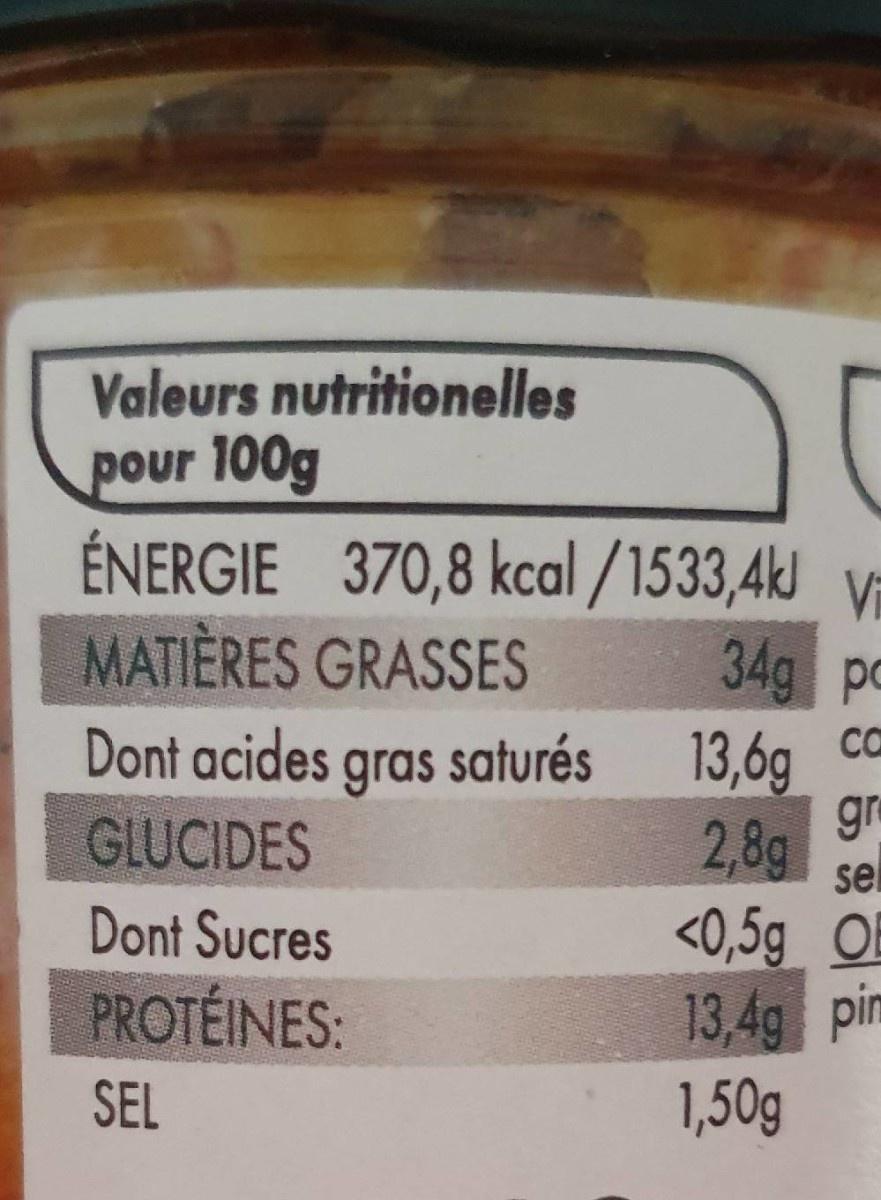
Valeurs nutritionelles pour 100g
ÉNERGIE 370,8 kcal /1533,4kJ Vi 34g pc
MATIÈRES GRASSES
Dont acides
Ca
13,6g gre 2,8g
gras saturés
GLUCIDES
sel
Dont Sucres
<0,5g_ OF 13,4g pim 1,50g
PROTEINES:
SEL